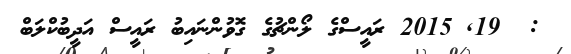
:  19